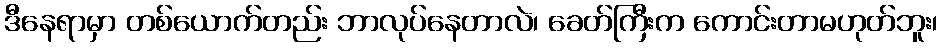
ဒီနေရာမှာ တစ်ယောက်တည်း ဘာလုပ်နေတာလဲ၊ ခေတ်ကြီးက ကောင်းတာမဟုတ်ဘူး၊